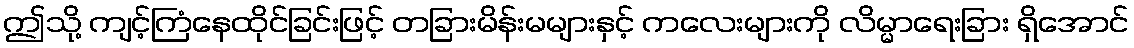
ဤသို့ ကျင့်ကြံနေထိုင်ခြင်းဖြင့် တခြားမိန်းမများနှင့် ကလေးများကို လိမ္မာရေးခြား ရှိအောင်